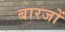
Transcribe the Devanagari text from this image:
बारजों